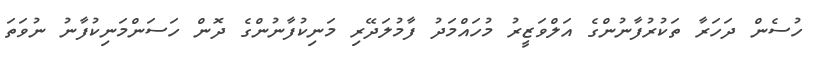
ހުސެން ދަހަރާ ތަކުރުފާނުންގެ އަލްވަޒީރު މުހައްމަދު ފާމުލަދޭރި މަނިކުފާނުންގެ ދޮން ހަސަންމަނިކުފާނު ނުވަތަ